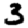
Digit: 3